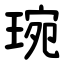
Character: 琬